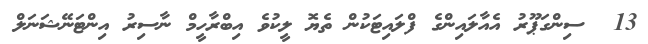
13  ސިންގަޕޫރު އެއާލައިންގެ ފްލައިޓަކުން ތެޔޮ ލީކުވެ އިބްރާހީމް ނާސިރު އިންޓަނޭޝަނަލް